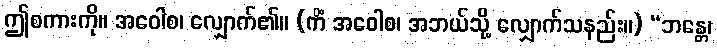
ဤစကားကို။ အဝေါစ၊ လျှောက်၏။ (ကိံ အဝေါစ၊ အဘယ်သို့ လျှောက်သနည်း။) “ဘန္တေ၊